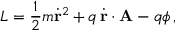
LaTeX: L = { \frac { 1 } { 2 } } m { \dot { \mathbf { r } } } ^ { 2 } + q \, { \dot { \mathbf { r } } } \cdot \mathbf { A } - q \phi \, ,